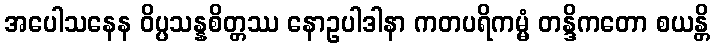
အပေါသနေန ဝိပ္ပသန္နစိတ္တဿ နောဥပါဒါနာ ကတပရိကမ္မံ တန္ဒိကတော စယန္တိ